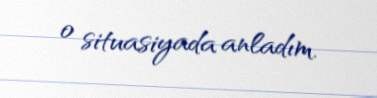
o situasiyada anladım.